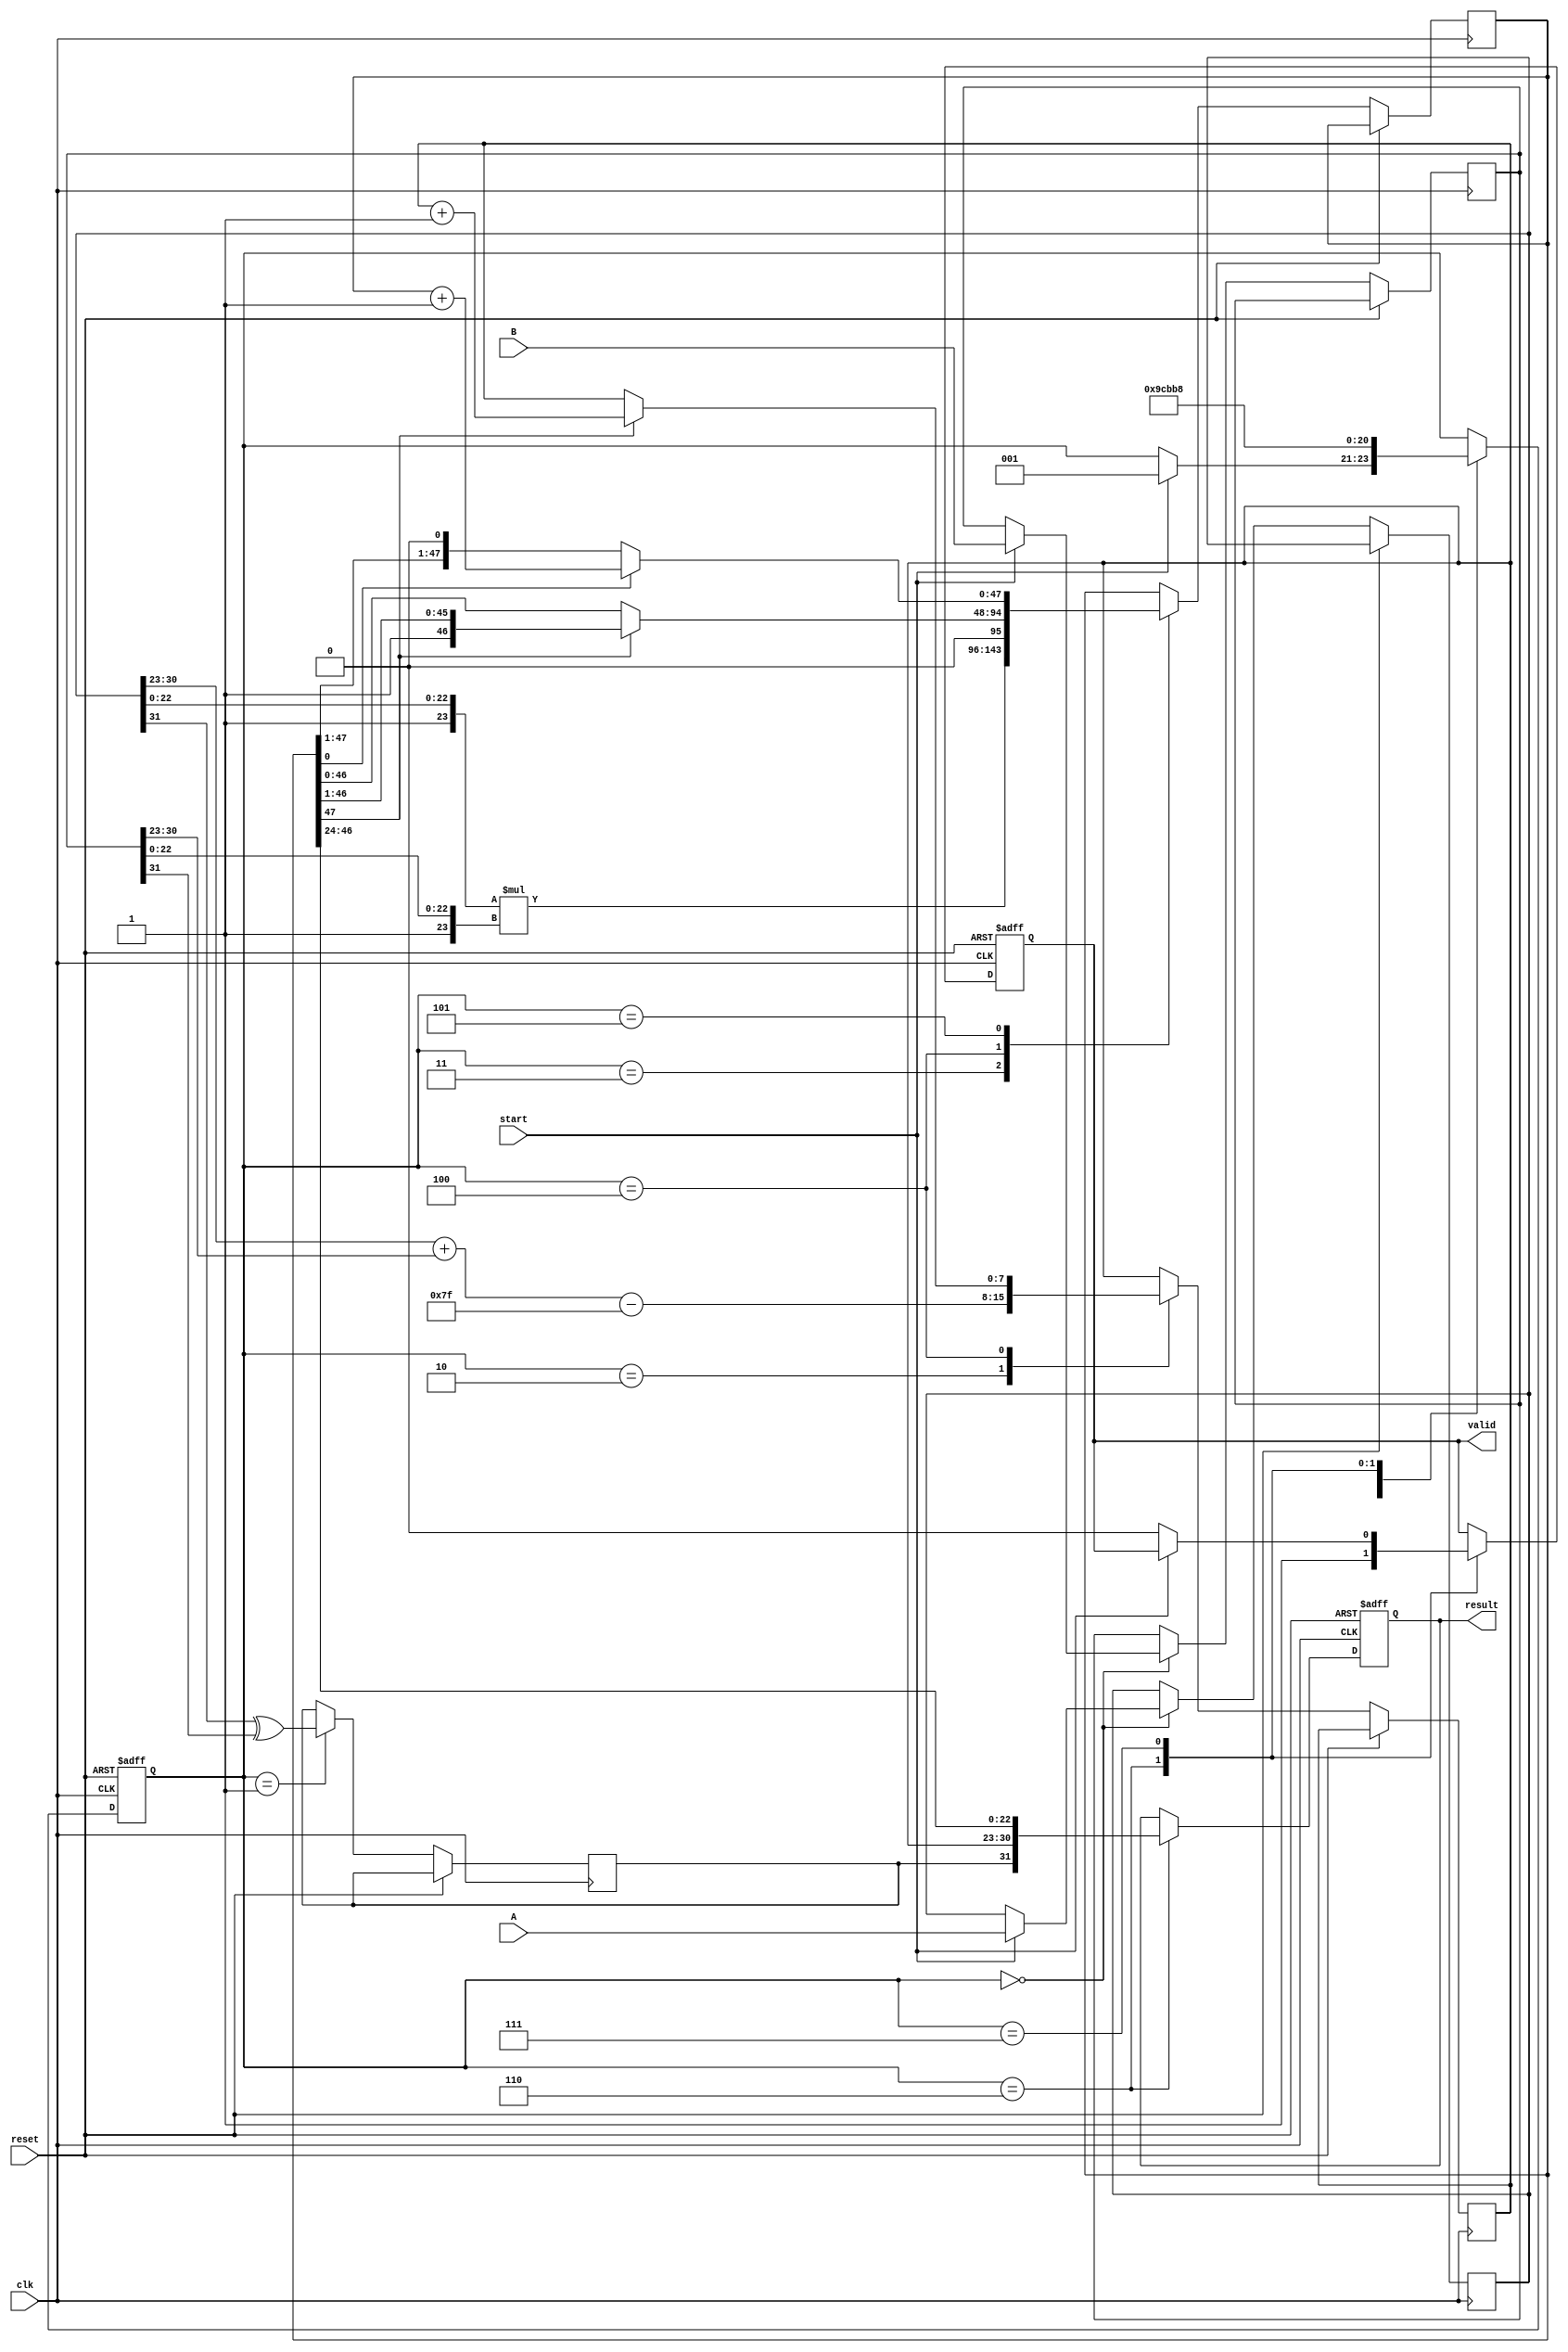
module fp_multiplier (
    input clk,
    input reset,
    input start,
    input [31:0] A,       // Input floating-point A
    input [31:0] B,       // Input floating-point B
    output reg [31:0] result, // Output floating-point result
    output reg valid       // Indicates when the result is valid
);

// Define internal signals
reg [31:0] A_reg, B_reg;
reg sign;
reg [7:0] exponent;
reg [47:0] mantissa;

reg [2:0] stage; // Pipeline stage counter
localparam IDLE = 3'b000, INPUT_REG = 3'b001, SIGN_CALC = 3'b010, 
           EXPONENT_CALC = 3'b011, MANTISSA_MULT = 3'b100, 
           NORMALIZATION = 3'b101, ROUNDED = 3'b110, OUTPUT_REG = 3'b111;

// Pipeline stages management
always @(posedge clk or posedge reset) begin
    if (reset) begin
        stage <= IDLE;
        valid <= 0;
        result <= 0;
    end else begin
        case (stage)
            IDLE: begin
                if (start) begin
                    A_reg <= A; // Latch inputs
                    B_reg <= B; 
                    stage <= INPUT_REG;
                end
            end
            
            INPUT_REG: begin
                // Stage 2 - Sign Calculation
                sign <= A_reg[31] ^ B_reg[31]; 
                stage <= SIGN_CALC;
            end

            SIGN_CALC: begin
                // Stage 3 - Exponent Calculation
                exponent <= (A_reg[30:23] + B_reg[30:23]) - 8'h7F; // Bias adjustment
                stage <= EXPONENT_CALC;
            end
            
            EXPONENT_CALC: begin
                // Stage 4 - Mantissa Multiplication
                // Note: This is a simplified multiplication for example purpose
                mantissa <= {1'b1, A_reg[22:0]} * {1'b1, B_reg[22:0]}; // Implicit leading 1
                stage <= MANTISSA_MULT;
            end
            
            MANTISSA_MULT: begin
                // Stage 5 - Normalization (simple left shift example)
                // In reality, this requires more complex shifting and handling
                if (mantissa[47]) begin
                    mantissa <= mantissa >> 1; // Normalize if overflow
                    exponent <= exponent + 1;   // Adjust exponent
                end
                stage <= NORMALIZATION;
            end
            
            NORMALIZATION: begin
                // Stage 6 - Rounding (basic implement)
                if (mantissa[0]) begin // If the LSB is 1, round up
                    mantissa <= mantissa + 1;
                end
                stage <= ROUNDED;
            end
            
            ROUNDED: begin
                // Stage 7 - Output Register
                result <= {sign, exponent[7:0], mantissa[46:24]}; // Finalize result
                valid <= 1; // Result is valid
                stage <= OUTPUT_REG; // Move to output stage
            end
            
            OUTPUT_REG: begin
                if (!start) valid <= 0; // Clear valid signal if multiplication is not ongoing
                stage <= IDLE; // Reset to IDLE state
            end
            
            default: begin
                stage <= IDLE; // Default case
            end
            
        endcase
    end
end

endmodule